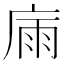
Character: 𢉀